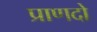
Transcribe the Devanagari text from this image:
प्राणदो